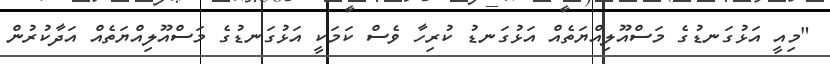
"މިއީ އަޅުގަނޑުގެ މަސްއޫލިއްޔަތެއް އަޅުގަނޑު ކުރިހާ ވެސް ކަމަކީ އަޅުގަނޑުގެ މަސްއޫލިއްޔަތެއް އަދާކުރުން